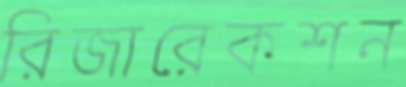
রিজারেকশন